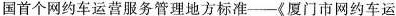
国首个网约车运营服务管理地方标准—《厦门市网约车运